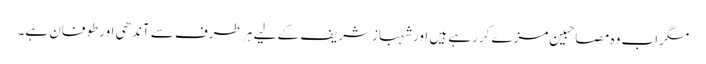
مگراب وہ مصاحبین مزے کررہے ہیں اورشہبازشریف کے لیے ہر طرف سے آندھی اورطوفان ہے۔